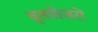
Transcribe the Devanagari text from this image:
बुलडोजरों